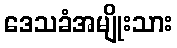
ဒေသခံအမျိုးသား